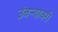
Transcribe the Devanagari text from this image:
उंबर्‍यावरी